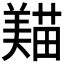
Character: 𦏒